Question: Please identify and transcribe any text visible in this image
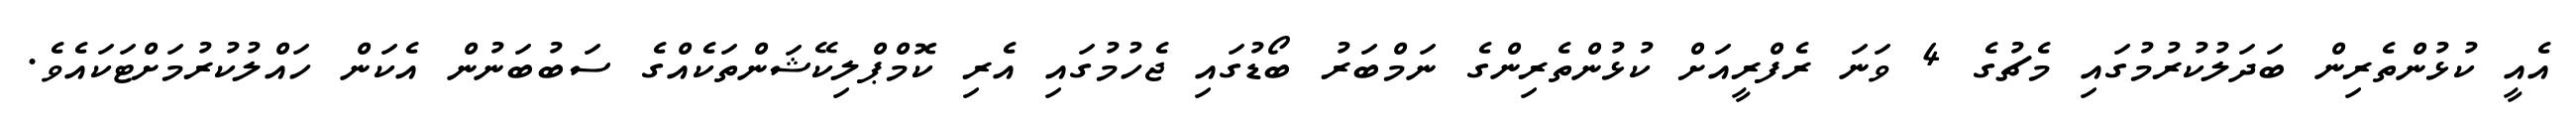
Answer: އެއީ ކުޅުންތެރިން ބަދަލުކުރުމުގައި މެޗުގެ 4 ވަނަ ރެފްރީއަށް ކުޅުންތެރިންގެ ނަމްބަރު ބޯޑުގައި ޖެހުމުގައި އެރި ކޮމްޕްލިކޭޝަންތަކެއްގެ ސަބުބަނުން އެކަން ހައްލުކުރުމަށްޓަކައެވެ.